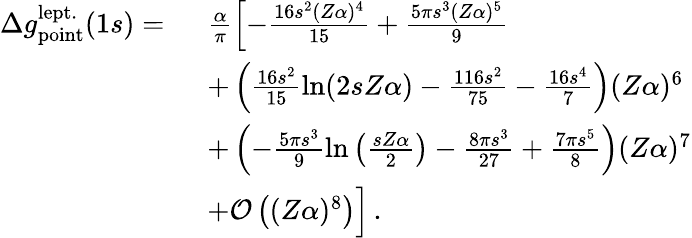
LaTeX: \begin{array}{rl}{\Delta{g}_{\mathrm{point}}^{\mathrm{lept.}}(1s)=\ }&{\frac{\alpha}{\pi}\left[-\frac{16s^{2}(Z\alpha)^{4}}{15}+\frac{5\pi s^{3}(Z\alpha)^{5}}{9}\right.}\\ &{+\left(\frac{16s^{2}}{15}\ln(2sZ\alpha)-\frac{116s^{2}}{75}-\frac{16s^{4}}{7}\right)(Z\alpha)^{6}}\\ &{+\left(-\frac{5\pi s^{3}}{9}\ln\left(\frac{sZ\alpha}{2}\right)-\frac{8\pi s^{3}}{27}+\frac{7\pi s^{5}}{8}\right)(Z\alpha)^{7}}\\ &{+\mathcal{O}\left((Z\alpha)^{8}\right)\Big]\, .}\end{array}